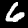
Label: 6